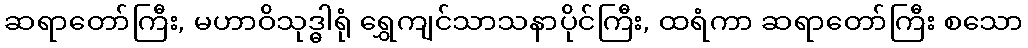
ဆရာတော်ကြီး, မဟာဝိသုဒ္ဓါရုံ ရွှေကျင်သာသနာပိုင်ကြီး, ထရံကာ ဆရာတော်ကြီး စသော